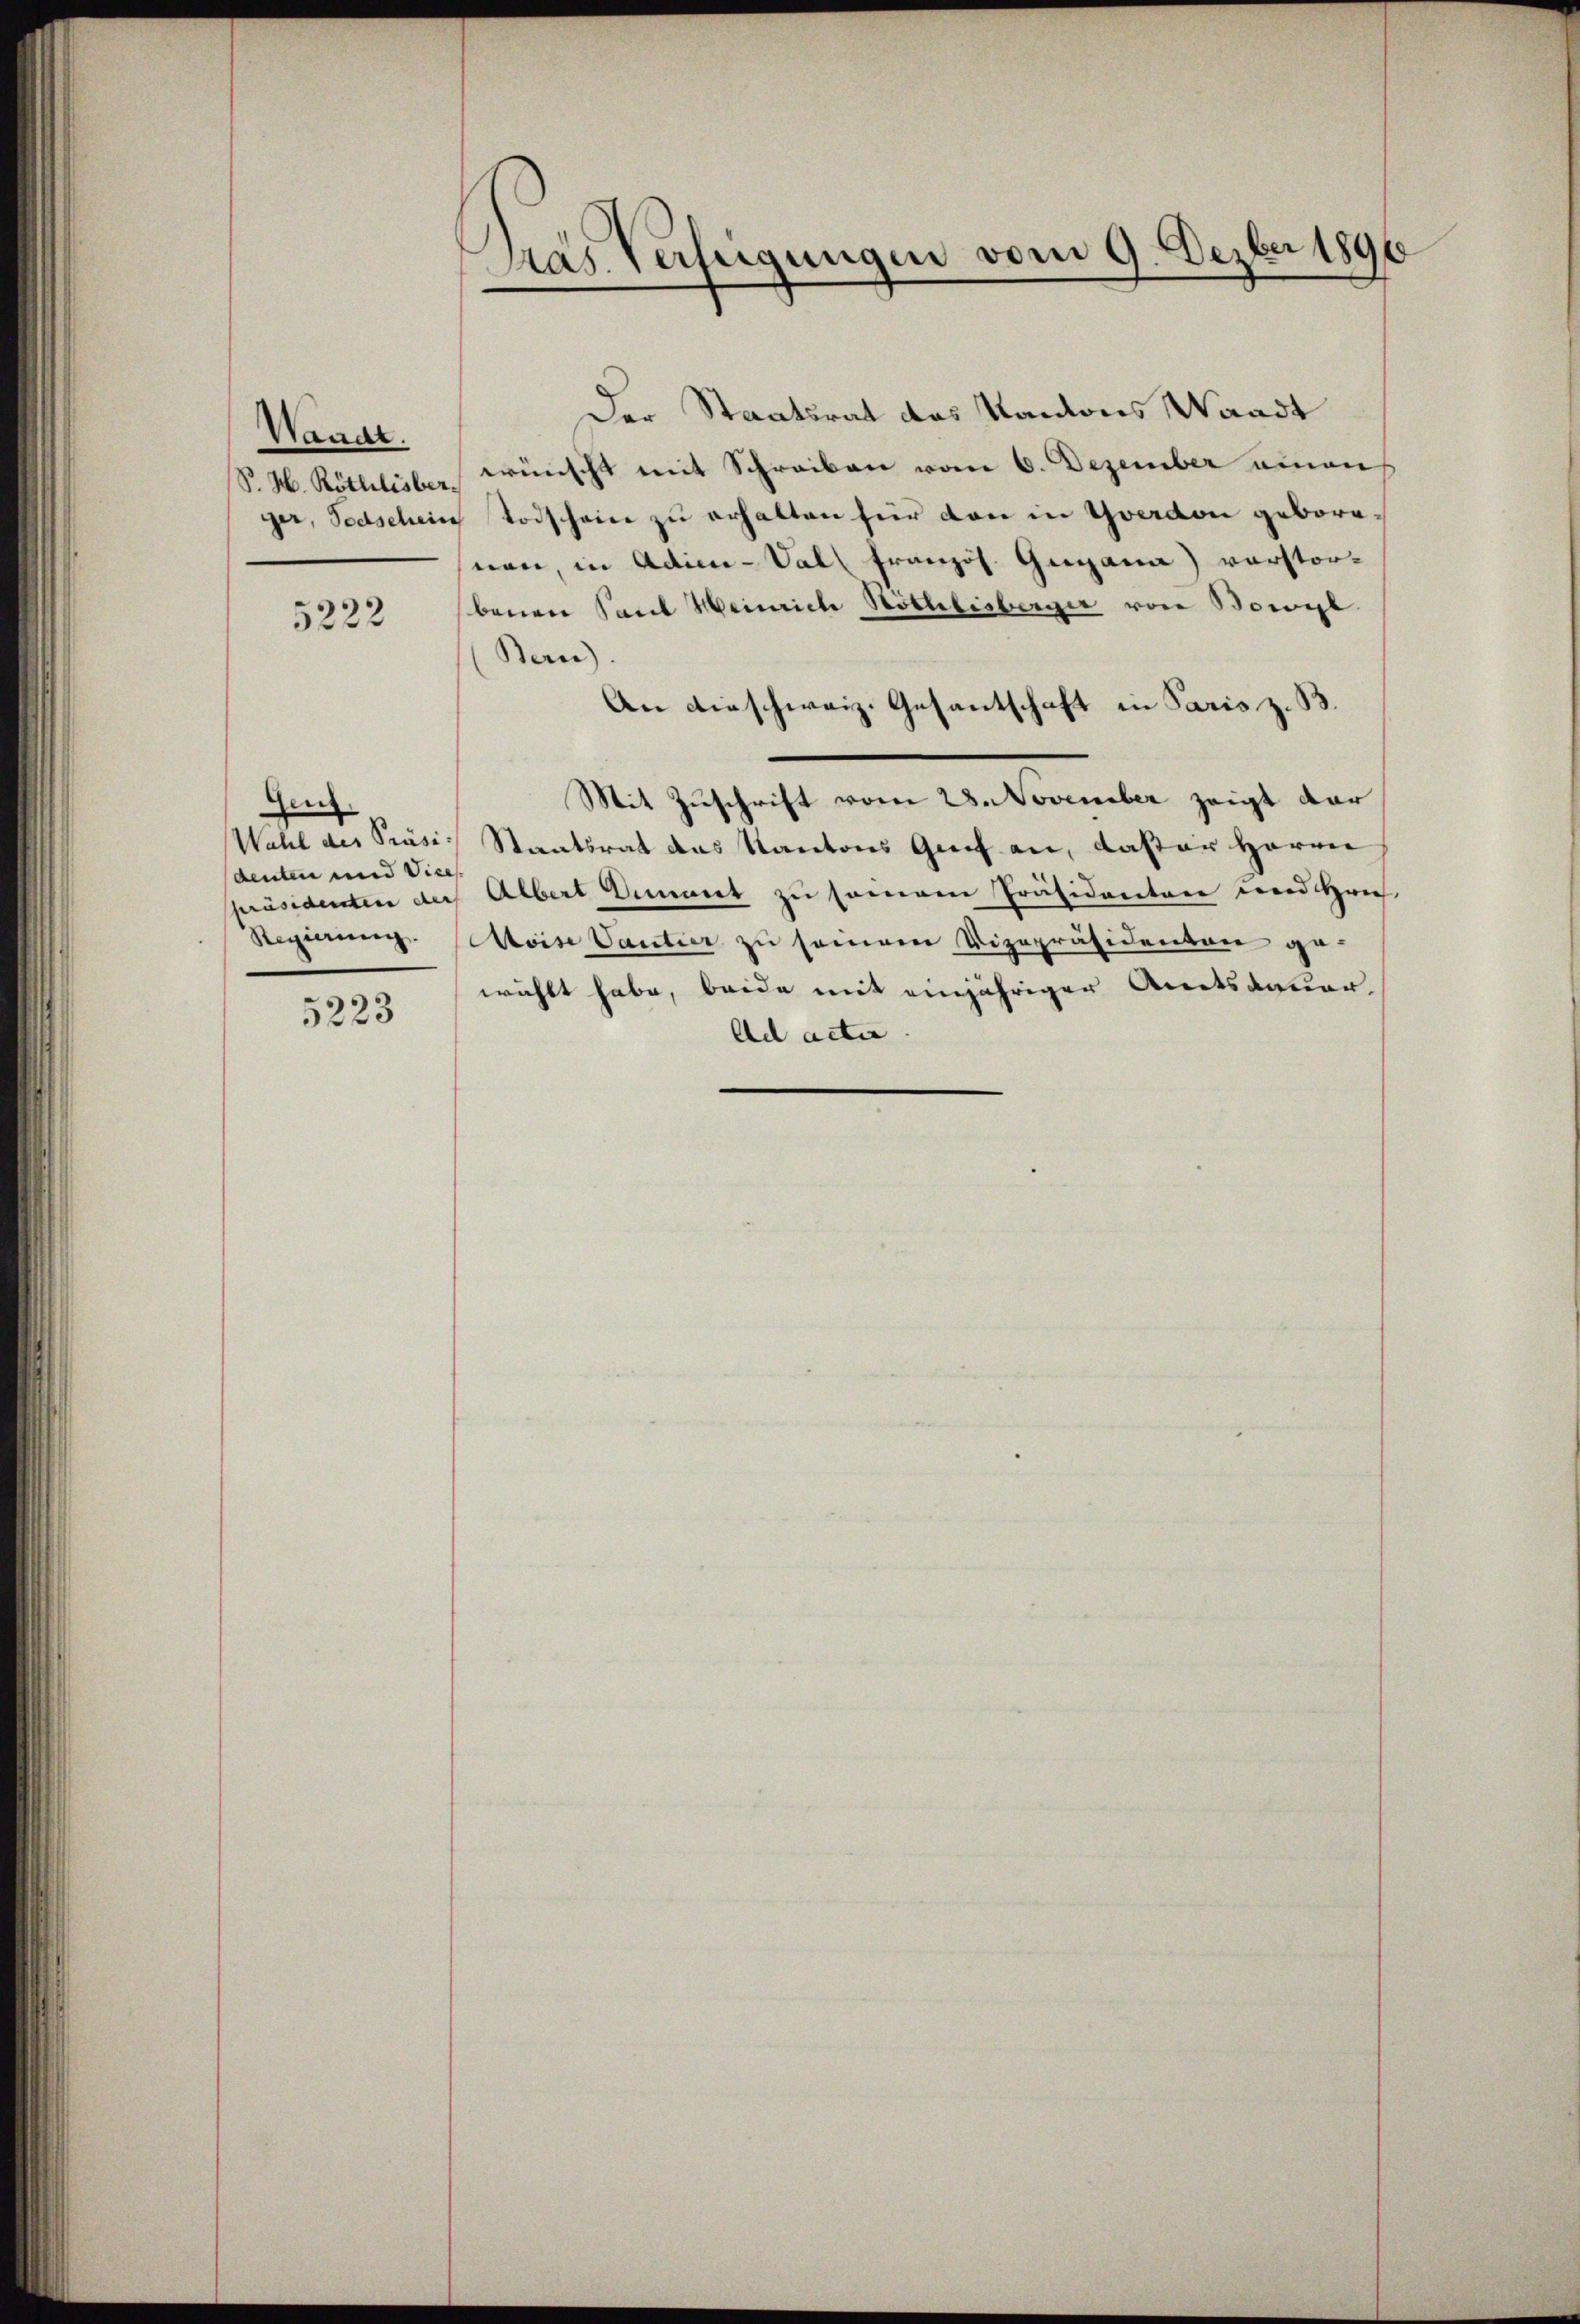
Waadt.
S. H. Röthlisber
ger, Todschein

5222

Genz
Wahl des Präsi-
denten und Vices.
Präsidenten der

5223

Pras verfügungen vom 9. Dezber 1896

Der Staatsrat des Kantons Waadt
wünscht mit Schreiben vom 6. Dezember einen
Todschein zu erhalten für den in Yverdon geborenen, in Adieu-Val Französ. Gigana) verstorbenen Sant Heinrich Nothlisberger von Borel
Bern)
An dieschweiz. Gesantschaft in Paris z. B.
Mit Zuschrift vom 28. November zeigt dar
Staatsrat das Kantons Greif an, daster Herrn
Albert Diment zu seinen Präsidenten und rich
Regierŭng. Aloise Vautier zu seinem Vizepräsidenten ge-
wählt habe, beide mit einjähriger Amtsdauer
Ad acti